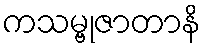
ကသမ္ဗုဇာတာနိ